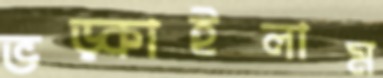
ভড়্‌কাইলাম